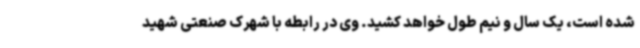
شده است، یک سال و نیم طول خواهد کشید. وی در رابطه با شهرک صنعتی شهید